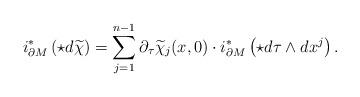
LaTeX: \begin{align*}i^*_{\partial M}\left(\star d\widetilde{\chi}\right)=\sum_{j=1}^{n-1}\partial_{\tau}\widetilde{\chi}_j(x,0)\cdot i^*_{\partial M}\left(\star d\tau\wedge dx^j\right).\end{align*}